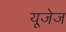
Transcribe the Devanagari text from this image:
यूजेज